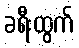
ခရီးထွက်